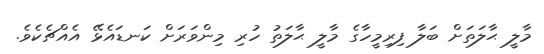
މާލީ ޙާލަތަށް ބަލާ ފިރިމީހާގެ މާލީ ޙާލަތު ހުރި މިންވަރަށް ކަނޑައެޅޭ އެއްޗެކެވެ.